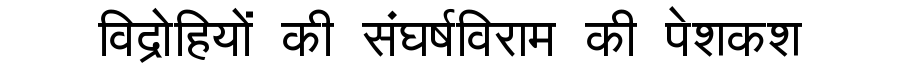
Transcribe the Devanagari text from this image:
विद्रोहियों की संघर्षविराम की पेशकश